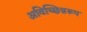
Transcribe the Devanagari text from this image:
अविच्छिन्नरूप